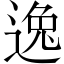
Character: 逸